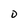
Character: 0